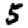
Digit: 5